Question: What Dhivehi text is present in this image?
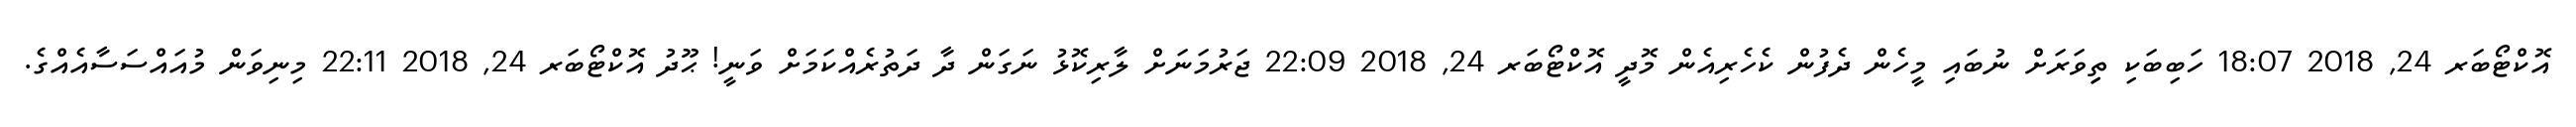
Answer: އޮކްޓޯބަރ 24, 2018 18:07 ހަބިބަކި ތިިވަރަށް ނުބައި މީހެން ދެފުން ކެހެރިއެން މޮދީ އޮކްޓޯބަރ 24, 2018 22:09 ޖަރުމަނަށް ލާރިކޮޅު ނަގަން ދާ ދަތުރެއްކަމަށް ވަނީ! ޙޫދު އޮކްޓޯބަރ 24, 2018 22:11 މިނިވަން މުއައްސަސާއެއްގެ.